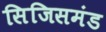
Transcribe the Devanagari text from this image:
सिजिसमंड